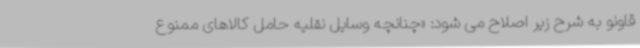
قاونو به شرح زیر اصلاح می شود: «چنانچه وسایل نقلیه حامل کالاهای ممنوع